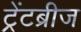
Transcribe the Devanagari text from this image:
ट्रेंटब्रीज